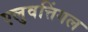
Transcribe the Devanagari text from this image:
एलुवत्तिंगल